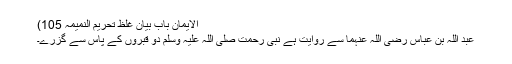
الایمان باب بیان غلظ تحریم النمیمہ 105)
عبد اللہ بن عباس رضی اللہ عنہما سے روایت ہے نبی رحمت صلی اللہ علیہ وسلم دو قبروں کے پاس سے گزرے۔